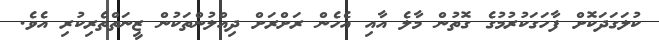
ކުލަގަދަކޮށް ފާހަގަކުރުމުގެ ގޮތުން މާލެ އާއި އެހެން ރަށްރަށް ދިއްލުންތަކުން ޒީނަތްތެރިކުރި އެވެ.